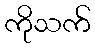
ကိုသက်